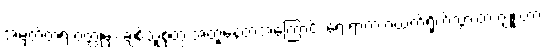
အမှတ်တရ ဝတ္ထုမှာ ချစ်သူစုံတွဲ အတူနေတဲ့အကြောင်း ရေးရာက ဂယက်ရိုက်သွားတဲ့ ဂျူးဟာ